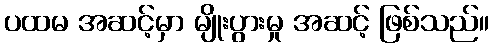
ပထမ အဆင့်မှာ မျိုးပွားမှု အဆင့် ဖြစ်သည်။